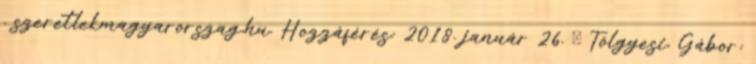
. szeretlekmagyarorszag,hu. Hozzáférés: 2018. január 26. ↑ Tölgyesi, Gábor: